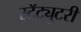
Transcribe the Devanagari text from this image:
स्टॅट्युटरी